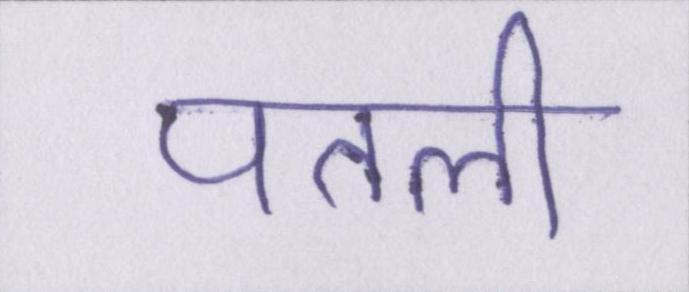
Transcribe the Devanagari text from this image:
पतली